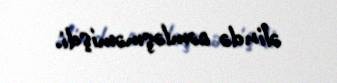
əlində cəmləşməmişdi.